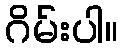
ဂိမ်းပါ။